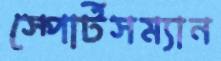
স্পোর্টসম্যান